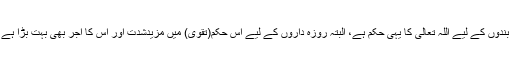
اس کا یہ مطلب نہیں کہ حرام سے اجتناب فقط روزہ دار کی ذمہ داری ہے، بلکہ سارے بندوں کے لیے اللہ تعالیٰ کا یہی حکم ہے، البتہ روزہ داروں کے لیے اس حکم(تقویٰ) میں مزیدشدت اور اس کا اجر بھی بہت بڑا ہے،اس سے روزے دار کے اخلاص اور تقویٰ میں اس کے صدق پر بھی دلالت ہوتی ہے ۔